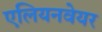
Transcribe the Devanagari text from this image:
एलियनवेयर